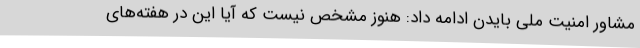
مشاور امنیت ملی بایدن ادامه داد: هنوز مشخص نیست که آیا این در هفته‌های